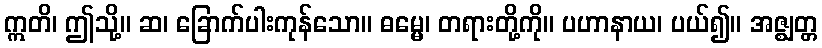
ဣတိ၊ ဤသို့။ ဆ၊ ခြောက်ပါးကုန်သော။ ဓမ္မေ၊ တရားတို့ကို။ ပဟာနာယ၊ ပယ်၍။ အဇ္ဈတ္တ